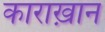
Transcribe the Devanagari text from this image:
काराख़ान